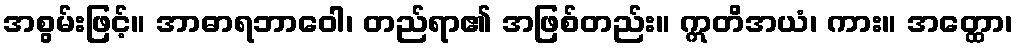
အစွမ်းဖြင့်။ အာဓာရဘာဝေါ၊ တည်ရာ၏ အဖြစ်တည်း။ ဣတိအယံ၊ ကား။ အတ္ထော၊